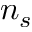
n _ { s }